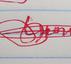
Signature authenticity: genuine